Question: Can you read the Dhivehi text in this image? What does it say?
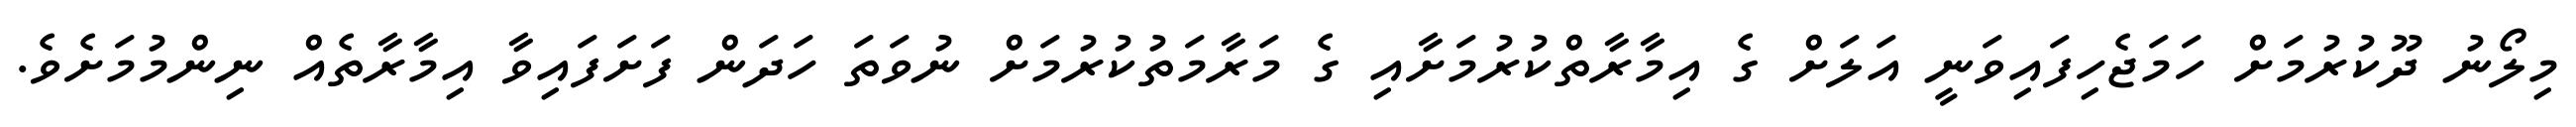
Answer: މިލޯނު ދޫކުރުމަށް ހަމަޖެހިފައިވަނީ އަލަށް ގެ އިމާރާތްކުރުމަށާއި ގެ މަރާމަތުކުރުމަށް ނުވަތަ ހަދަން ފަށަފައިވާ އިމާރާތެއް ނިންމުމަށެވެ.